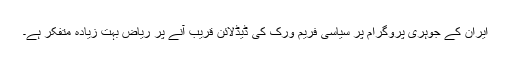
ایران کے جوہری پروگرام پر سیاسی فریم ورک کی ڈیڈلائن قریب آنے پر ریاض بہت زیادہ متفکر ہے۔